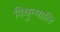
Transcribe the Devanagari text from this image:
विधुन्मालि